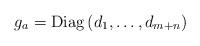
LaTeX: \begin{align*}g_{a} = \operatorname{Diag}\left(d_{1}, \dotsc , d_{m+n} \right)\end{align*}